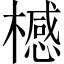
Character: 𣛴